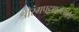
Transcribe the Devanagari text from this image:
श्रीरंगपट्टणमजवळ